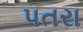
પતરા